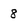
Character: 8